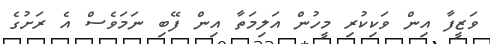
ވަޒީފާ އިން ވަކިކުރި މީހުން އަލިމަތާ އިން ފޭބި ނަމަވެސް އެ ރަށުގެ